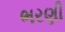
ભરણી